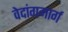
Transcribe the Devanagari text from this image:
वेदांगमार्ग